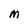
Character: M